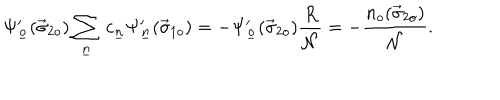
\Psi _ { \underline { { { o } } } } ^ { \prime } ( \vec { \sigma } _ { 2 o } ) \sum _ { \underline { { { n } } } } \, c _ { \underline { { { n } } } } \Psi _ { \underline { { { n } } } } ^ { \prime } ( \vec { \sigma } _ { 1 o } ) = - \Psi _ { \underline { { { o } } } } ^ { \prime } ( \vec { \sigma } _ { 2 o } ) \frac { R } { \cal N } = - \frac { n _ { o } ( \vec { \sigma } _ { 2 o } ) } { \cal N } .